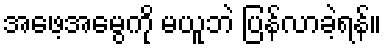
အဖေ့အမွေကို မယူဘဲ ပြန်လာခဲ့ရန်။